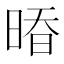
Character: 𰖒